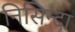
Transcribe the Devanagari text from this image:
निसिन्दा